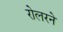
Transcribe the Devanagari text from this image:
रोलरने